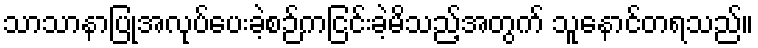
သာသာနာပြုအလုပ်ပေးခဲ့စဉ်ကငြင်းခဲ့မိသည့်အတွက် သူနောင်တရသည်။